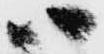
ハ